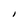
Character: l